Scientific memoirs by medical officers of the Army of India - Part VIII,
Year: 1894
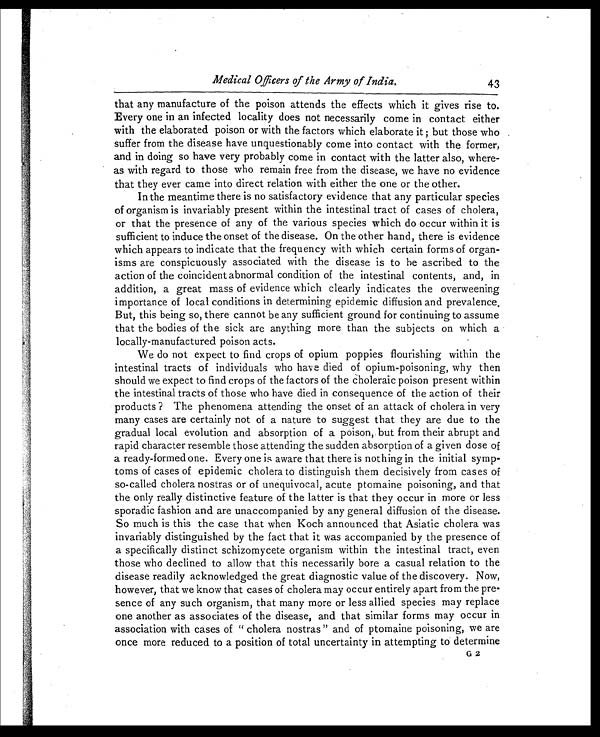
el
Medical Officers of the Army of India.
43
that any manufacture of the poison attends the effects which it gives rise to.
Every one in an infected locality does not necessarily come in contact either
with the elaborated poison or with the factors which elaborate it but those who
suffer from the disease have unquestionably come into contact with the former,
and in doing so have very probably come in contact with the latter also, where-
as with regard to those who remain free from the disease, we have no evidence
that they ever came into direct relation with either the one or the other.
In the meantime there is no satisfactory evidence that any particular species
of organism is invariably present within the intestinal tract of cases of cholera,
or that the presence of any of the various species which do occur within it is
sufficient to induce the onset of the disease. On the other hand, there is evidence
which appears to indicate that the frequency with which certain forms of organ-
isms are conspicuously associated with the disease is to be ascribed to the
action of the coincident abnormal condition of the intestinal contents, and, in
addition, a great mass of evidence which clearly indicates the overweening
importance of local conditions in determining epidemic diffusion and prevalence.
But, this being so, there cannot be any sufficient ground for continuing to assume
that the bodies of the sick are anything more than the subjects on which a
locally-manufactured poison acts.
We do not expect to find crops of opium poppies flourishing within the
intestinal tracts of individuals who have died of opium-poisoning, why then
should we expect to find crops of the factors of the choleraic poison present within
the intestinal tracts of those who have died in consequence of the action of their
products ? The phenomena attending the onset of an attack of cholera in very
many cases are certainly not of a nature to suggest that they are due to the
gradual local evolution and absorption of a poison, but from their abrupt and
rapid character resemble those attending the sudden absorption of a given dose of
a ready-formed one. Every one is aware that there is nothing in the initial symp-
toms of cases of epidemic cholera to distinguish them decisively from cases of
so-called cholera nostras or of unequivocal, acute ptomaine poisoning, and that
the only really distinctive feature of the latter is that they occur in more or less
sporadic fashion and are unaccompanied by any general diffusion of the disease.
So much is this the case that when Koch announced that Asiatic cholera was
invariably distinguished by the fact that it was accompanied by the presence of
a specifically distinct schizomycete organism within the intestinal tract, even
those who declined to allow that this necessarily bore a casual relation to the
disease readily acknowledged the great diagnostic value of the discovery. Now,
however, that we know that cases of cholera may occur entirely apart from the pre-
sence of any such organism, that many more or less allied species may replace
one another as associates of the disease, and that similar forms may occur in
association with cases of " cholera nostras " and of ptomaine poisoning, we are
once more reduced to a position of total uncertainty in attempting to determine
G 2